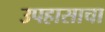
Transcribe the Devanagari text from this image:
उपहासाचा